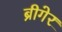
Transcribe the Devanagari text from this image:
ब्रीगेर